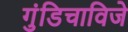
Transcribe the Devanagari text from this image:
गुंडिचाविजे